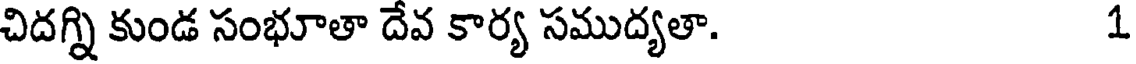
చిదగ్ని కుండ సంభూతా దేవ కార్య సముద్యతా. 1